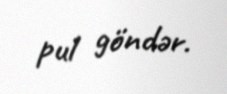
pul göndər.